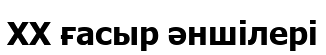
ХХ ғасыр әншілері